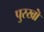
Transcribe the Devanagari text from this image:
पुरखॊं